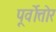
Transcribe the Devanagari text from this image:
पूर्वोत्तोर